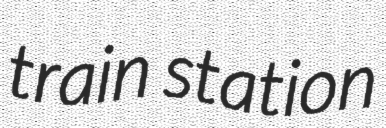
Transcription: train station